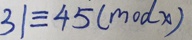
3 1 \equiv 4 5 ( m o d x )